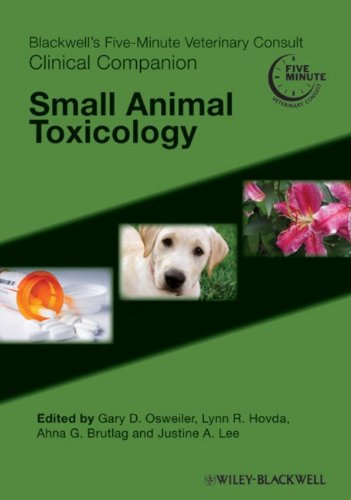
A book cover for Blackwell's Five-Minute Veterinary Consult Clinical Companion: Small Animal Toxicology; Medical Books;